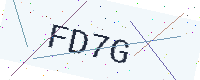
Text: FD7G